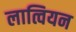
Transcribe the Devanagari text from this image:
लात्वियन